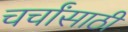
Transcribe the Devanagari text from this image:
चर्चांसाठी